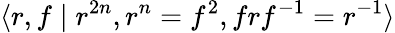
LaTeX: \langle r,f\mid r^{2n},r^{n}=f^{2},frf^{-1}=r^{-1}\rangle